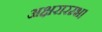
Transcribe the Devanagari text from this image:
अक्षरारम्भ।